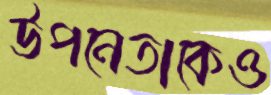
উপনেতাকেও